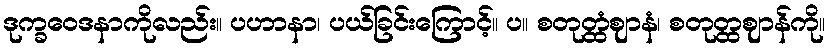
ဒုက္ခဝေဒနာကိုလည်း။ ပဟာနာ၊ ပယ်ခြင်းကြောင့်။ ပ။ စတုတ္ထံဈာနံ၊ စတုတ္ထဈာန်ကို။